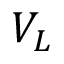
V _ { L }